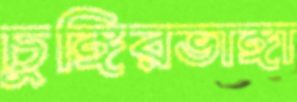
চুঙ্গিরভাঙ্গা